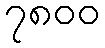
၇၈၀၀